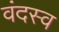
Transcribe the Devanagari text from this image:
वंदस्व